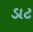
ડાટ